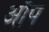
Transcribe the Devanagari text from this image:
आँप